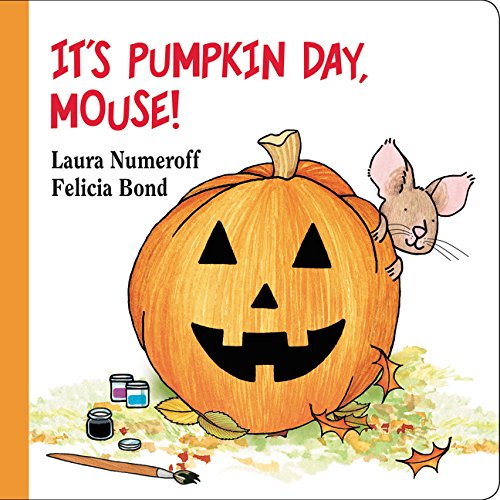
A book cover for It's Pumpkin Day, Mouse! (If You Give...); Laura Numeroff; Children's Books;